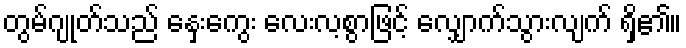
တွမ်ဂျုတ်သည် နှေးကွေး လေးလ့စွာဖြင့် လျှောက်သွားလျက် ရှိ၏။